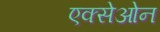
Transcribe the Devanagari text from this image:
एक्सेओन